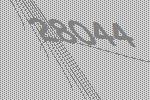
28044